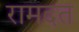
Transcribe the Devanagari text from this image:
रामदत